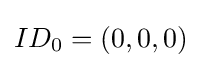
ID_{0}=(0,0,0)